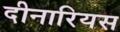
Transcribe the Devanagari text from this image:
दीनारियस